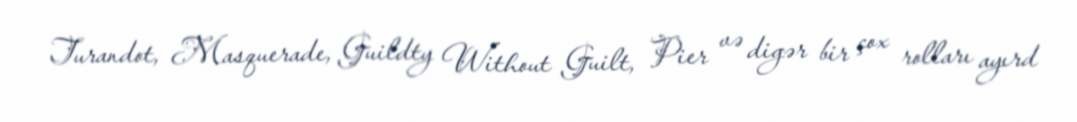
Turandot, Masquerade, Guildty Without Guilt, Pier və digər bir çox rolları ayırd